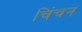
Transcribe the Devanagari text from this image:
चिंचन